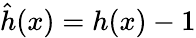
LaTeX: \hat{h}(x)=h(x)-1